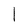
Character: l